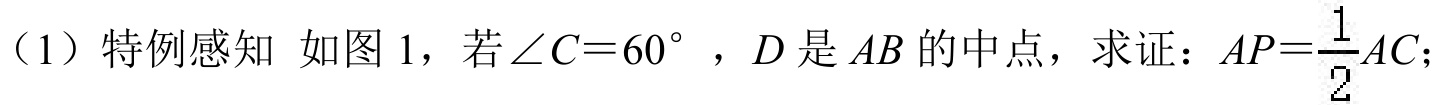
（1）特例感知 如图 1，若\(\angle C = 60^{\circ}\)，\(D\)是\(AB\)的中点，求证：\(AP=\frac{1}{2}AC\)；